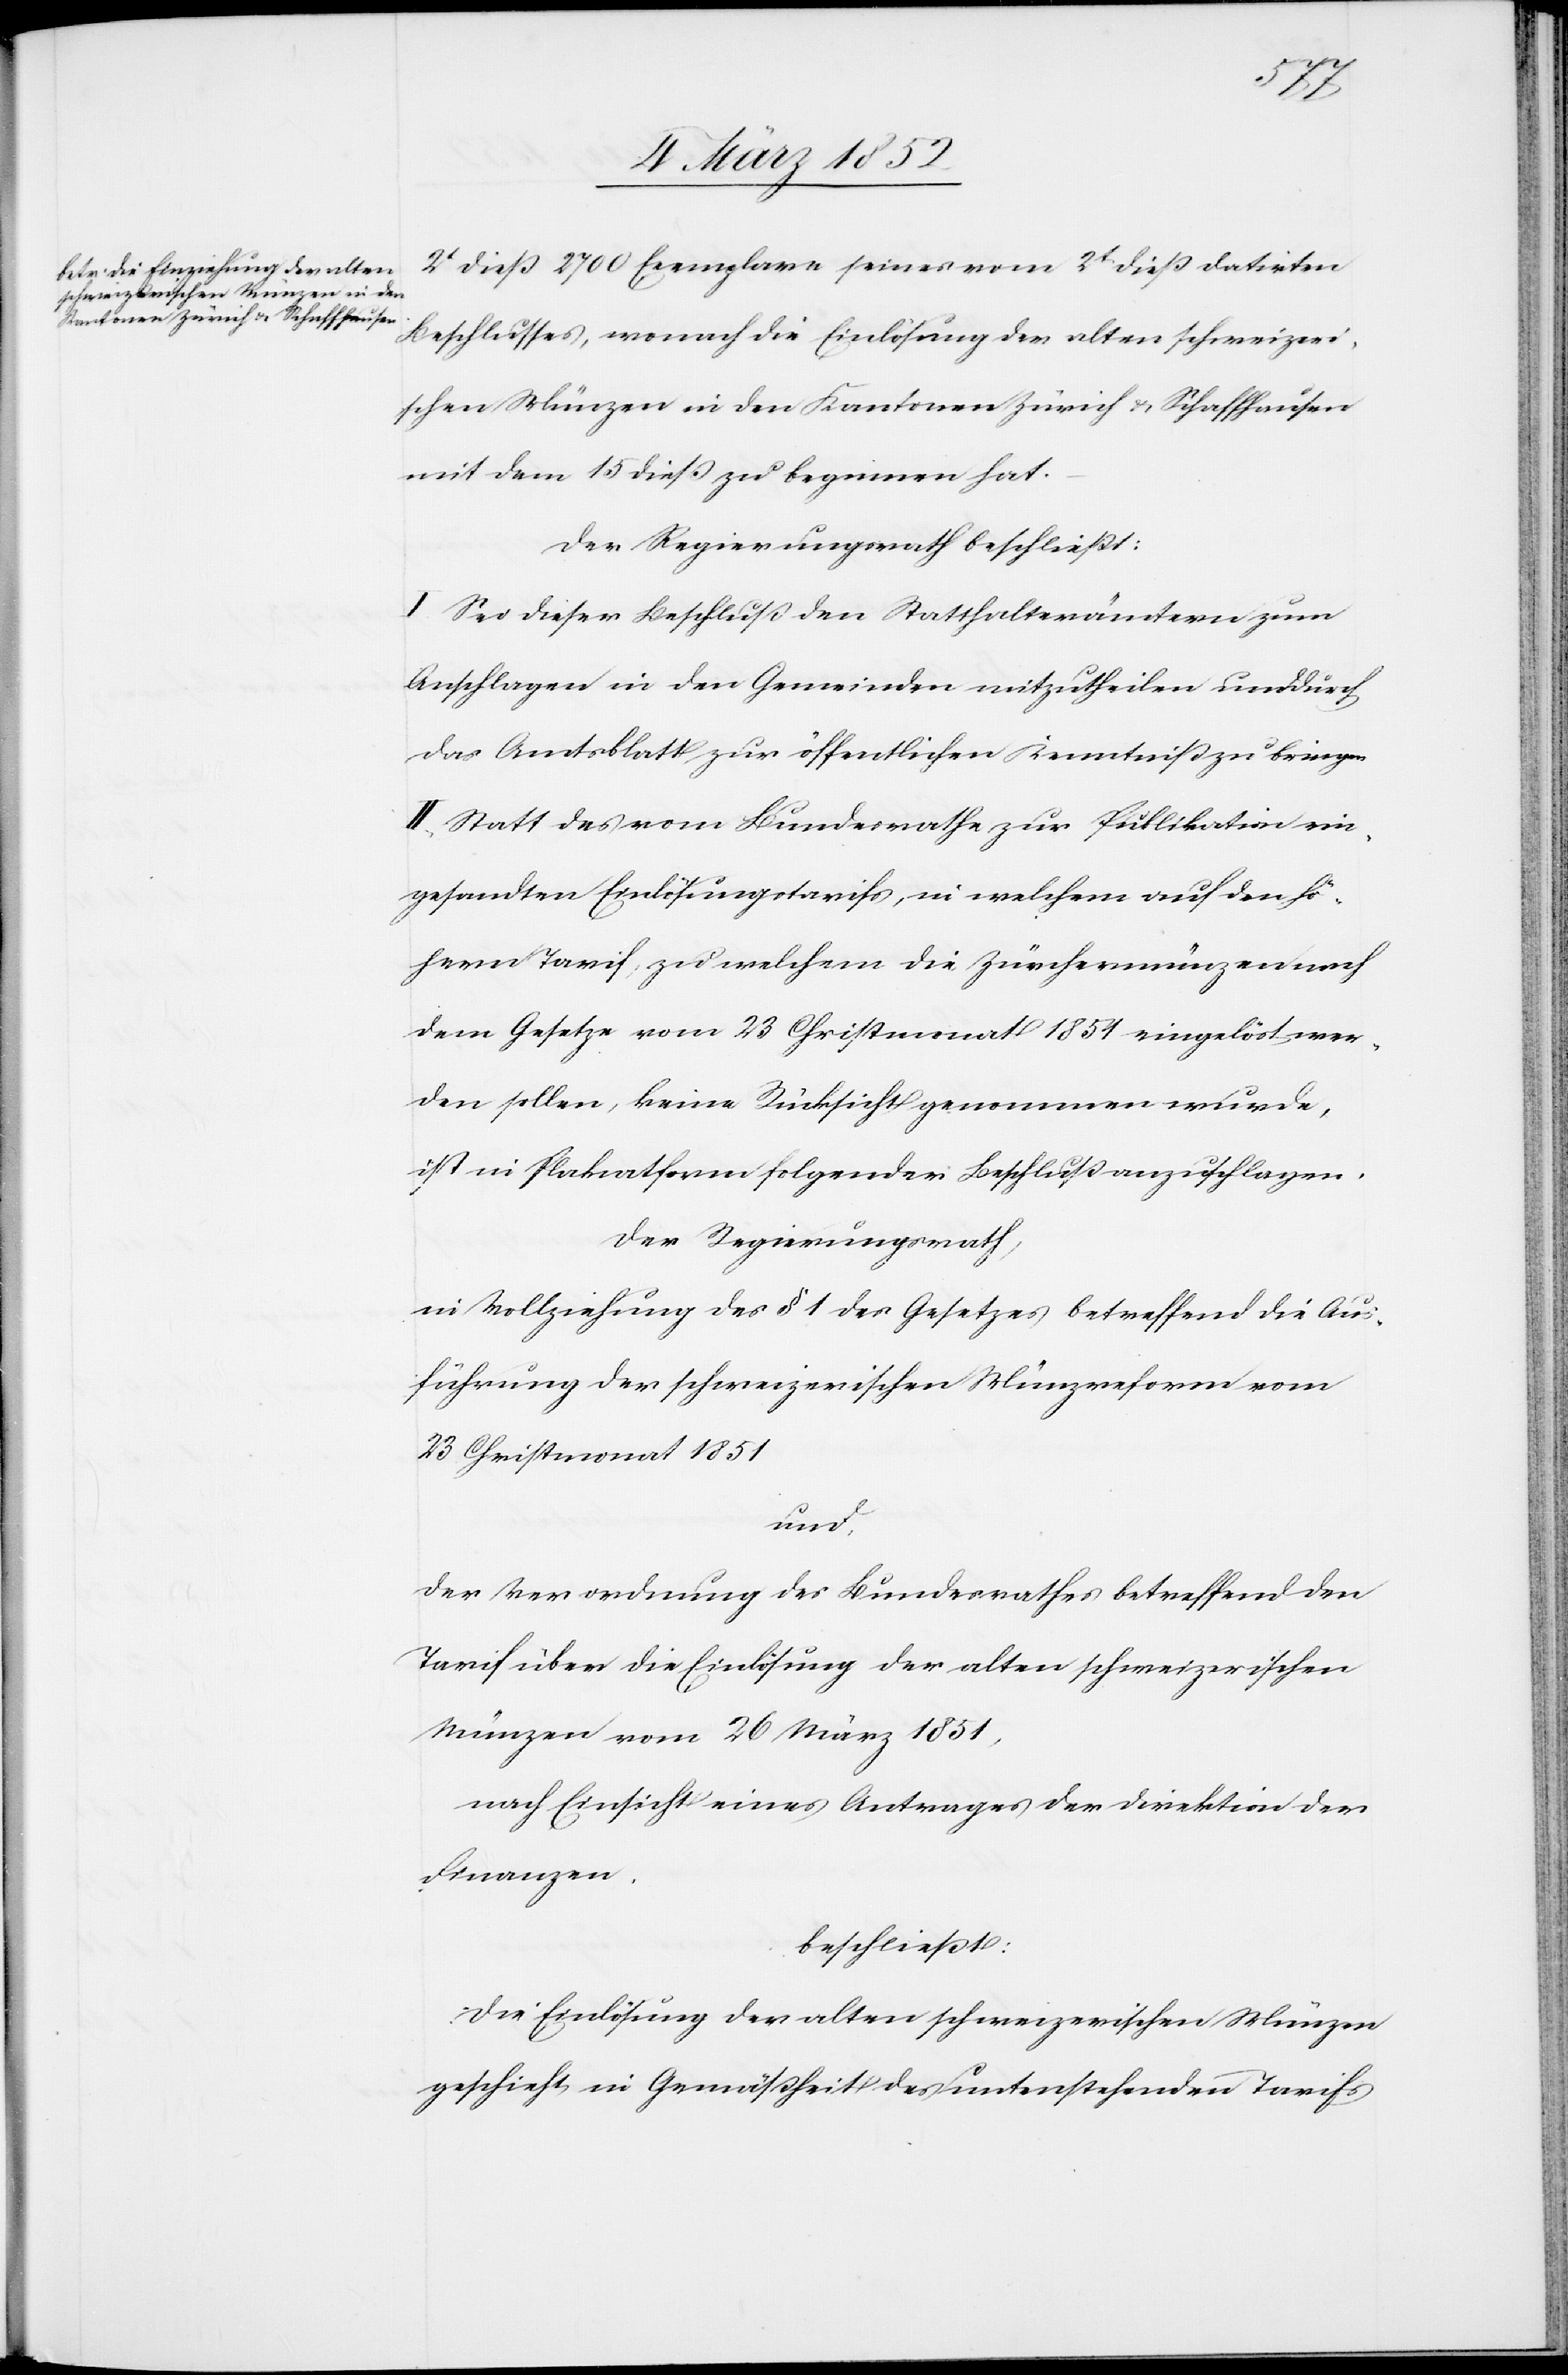
2t dieß 2700 Exemplare seines vom 2t dieß datirten
Beschlusses, wonach die Einlösung der alten schweizeri¬
schen Münzen in den Kantonen Zürich u. Schaffhausen
mit dem 15 dieß zu beginnen hat.
Der Regierungsrath beschließt:
I Sei dieser Beschluß den Statthalterämtern zum
Anschlagen in den Gemeinden mitzutheilen und durch
das Amtsblatt zur öffentlichen Kenntniß zu bringen.
II. Statt des vom Bundesrathe zur Publikation ein¬
gesandten Einlösungstarifs, in welchem auf den hö¬
hern Tarif, zu welchem die Zürchermünzen nach
dem Gesetze vom 23 Christmonat 1854 eingelöst wer¬
den sollen, keine Rücksicht genommen wurde,
ist in Plakatform folgender Beschluß anzuschlagen.
Der Regierungsrath,
in Vollziehung des § 1 des Gesetzes betreffend die Aus¬
führung der schweizerischen Münzreform vom
23 Christmonat 1851
und,
der Verordnung des Bundesrathes betreffend den
Tarif über die Einlösung der alten schweizerischen
Münzen vom 26 März 1851,
nach Einsicht eines Antrages der Direktion der
Finanzen.
beschließt:
Die Einlösung der alten schweizerischen Münzen
geschieht in Gemäßheit des untenstehenden Tarifs